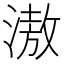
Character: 滶